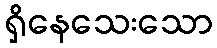
ရှိနေသေးသော